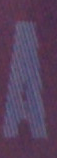
A